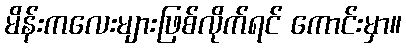
မိန်းကလေးများဖြစ်လိုက်ရင် ကောင်းမှာ။